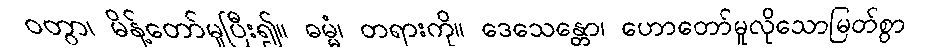
ဝတွာ၊ မိန့်တော်မူပြီး၍။ ဓမ္မံ၊ တရားကို။ ဒေသေန္တော၊ ဟောတော်မူလိုသောမြတ်စွာ